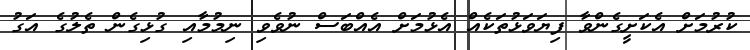
ކުރުމަށް އެކަށީގެންވާ ފިޔަވަޅުތަކެއް އެޅުމަށް އެއްބަސް ނުވެވި ނިމުމާއި ގުޅިގެން ތެލުގެ އަގު